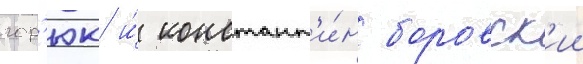
гор'юк и́ констант'и́н боровск'ии